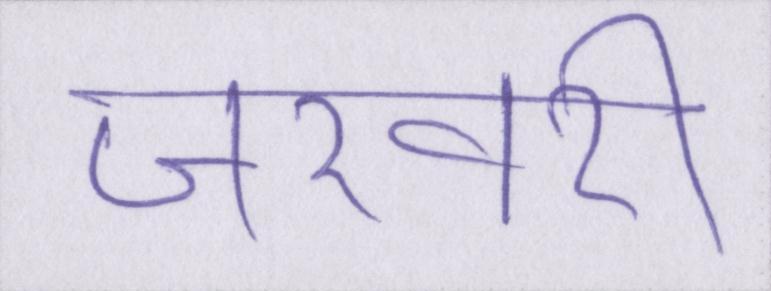
जरवरी